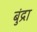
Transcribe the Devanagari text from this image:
बुंद्रा